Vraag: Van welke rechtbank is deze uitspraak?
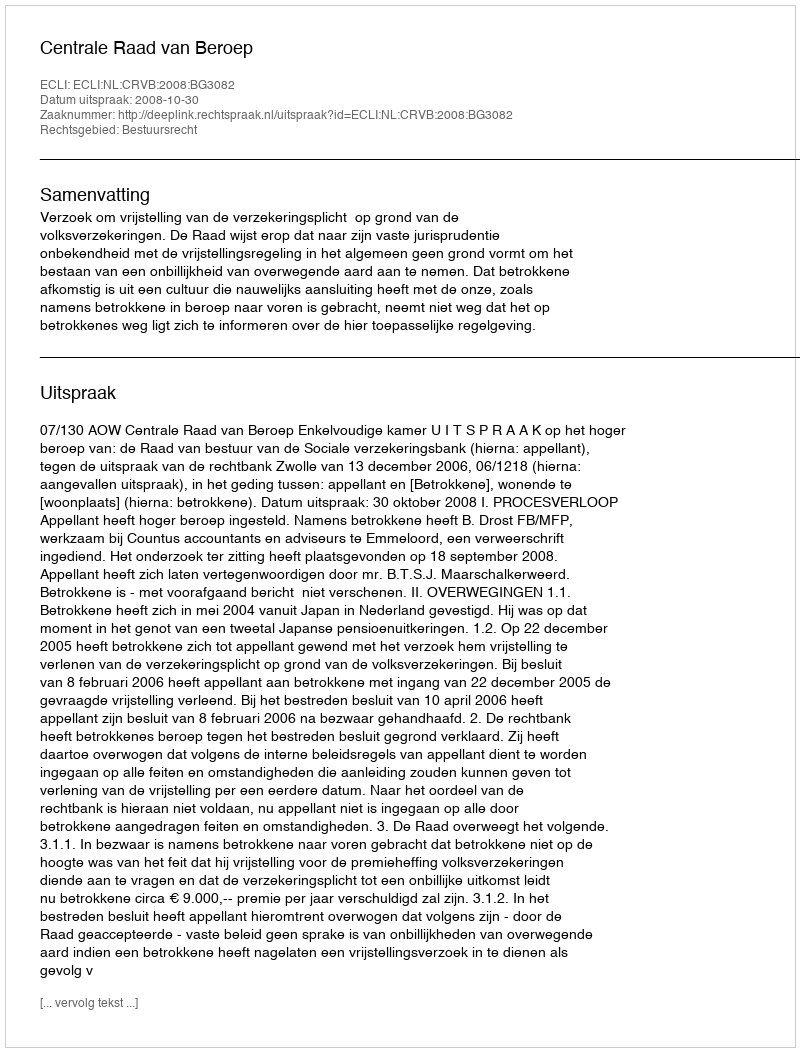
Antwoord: Centrale Raad van Beroep